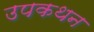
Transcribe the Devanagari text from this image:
उपकथन